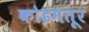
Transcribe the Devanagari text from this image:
कोइमतूर